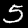
Label: 5